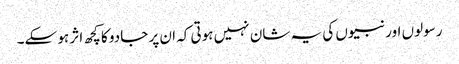
رسولوں اور نبیوں کی یہ شان نہیں ہوتی کہ ان پر جادو کا کچھ اثر ہو سکے۔